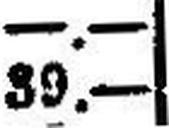
39.—